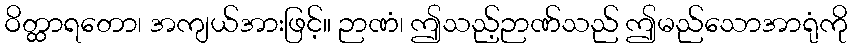
ဝိတ္ထာရတော၊ အကျယ်အားဖြင့်။ ဉာဏံ၊ ဤသည့်ဉာဏ်သည် ဤမည်သောအာရုံကို